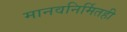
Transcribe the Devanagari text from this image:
मानवनिर्मितही